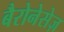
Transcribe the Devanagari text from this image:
बैरोनेसेज़